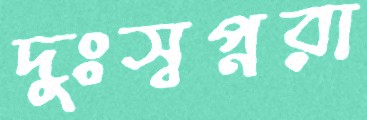
দুঃস্বপ্নরা